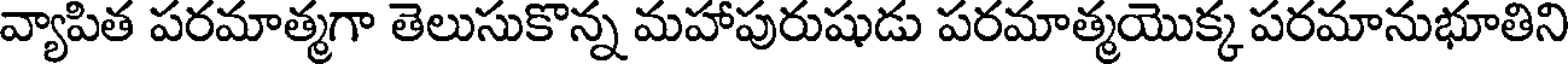
వ్యాపిత పరమాత్మగా తెలుసుకొన్న మహాపురుషుడు పరమాత్మయొక్క పరమానుభూతిని